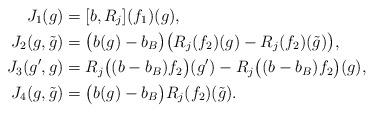
LaTeX: \begin{align*} J_1(g)&=[b,R_j](f_1)(g),\\J_2(g,\tilde g)&=\big(b(g)-b_B\big)\big(R_j(f_2)(g)-R_j(f_2)(\tilde g)\big),\\J_3(g',g)&=R_j\big((b-b_B)f_2\big)(g')-R_j\big((b-b_B)f_2\big)(g),\\J_4(g,\tilde g)&=\big(b(g)-b_B\big)R_j(f_2)(\tilde g). \end{align*}